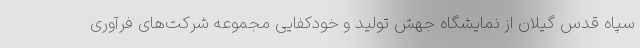
سپاه قدس گیلان از نمایشگاه جهش تولید و خودکفایی مجموعه شرکت‌های فرآوری